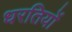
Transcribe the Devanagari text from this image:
धरतियों